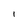
Character: I